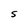
Character: S